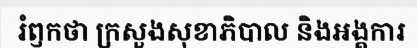
រំឭកថា ក្រសួងសុខាភិបាល និងអង្គការ